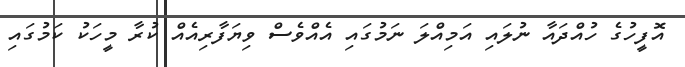
އޮފީހުގެ ހުއްދައާ ނުލައި އަމިއްލަ ނަމުގައި އެއްވެސް ވިޔަފާރިއެއް ކުރާ މީހަކު ކަމުގައި